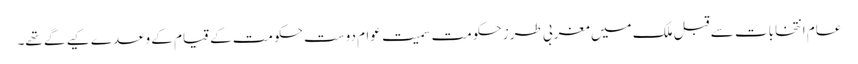
عام انتخابات سے قبل ملک میں مغربی طرز حکومت سمیت عوام دوست حکومت کے قیام کے وعدے کیے گے تھے۔